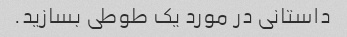
داستانی در مورد یک طوطی بسازید.